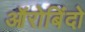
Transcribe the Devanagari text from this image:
ऑरोबिंदो